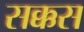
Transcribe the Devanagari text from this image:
सक्कस